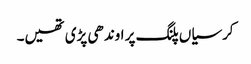
کرسیاں پلنگ پر اوندھی پڑی تھیں۔